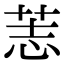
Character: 䓌